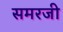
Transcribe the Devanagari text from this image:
समरजी